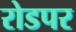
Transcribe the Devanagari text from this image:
रोडपर